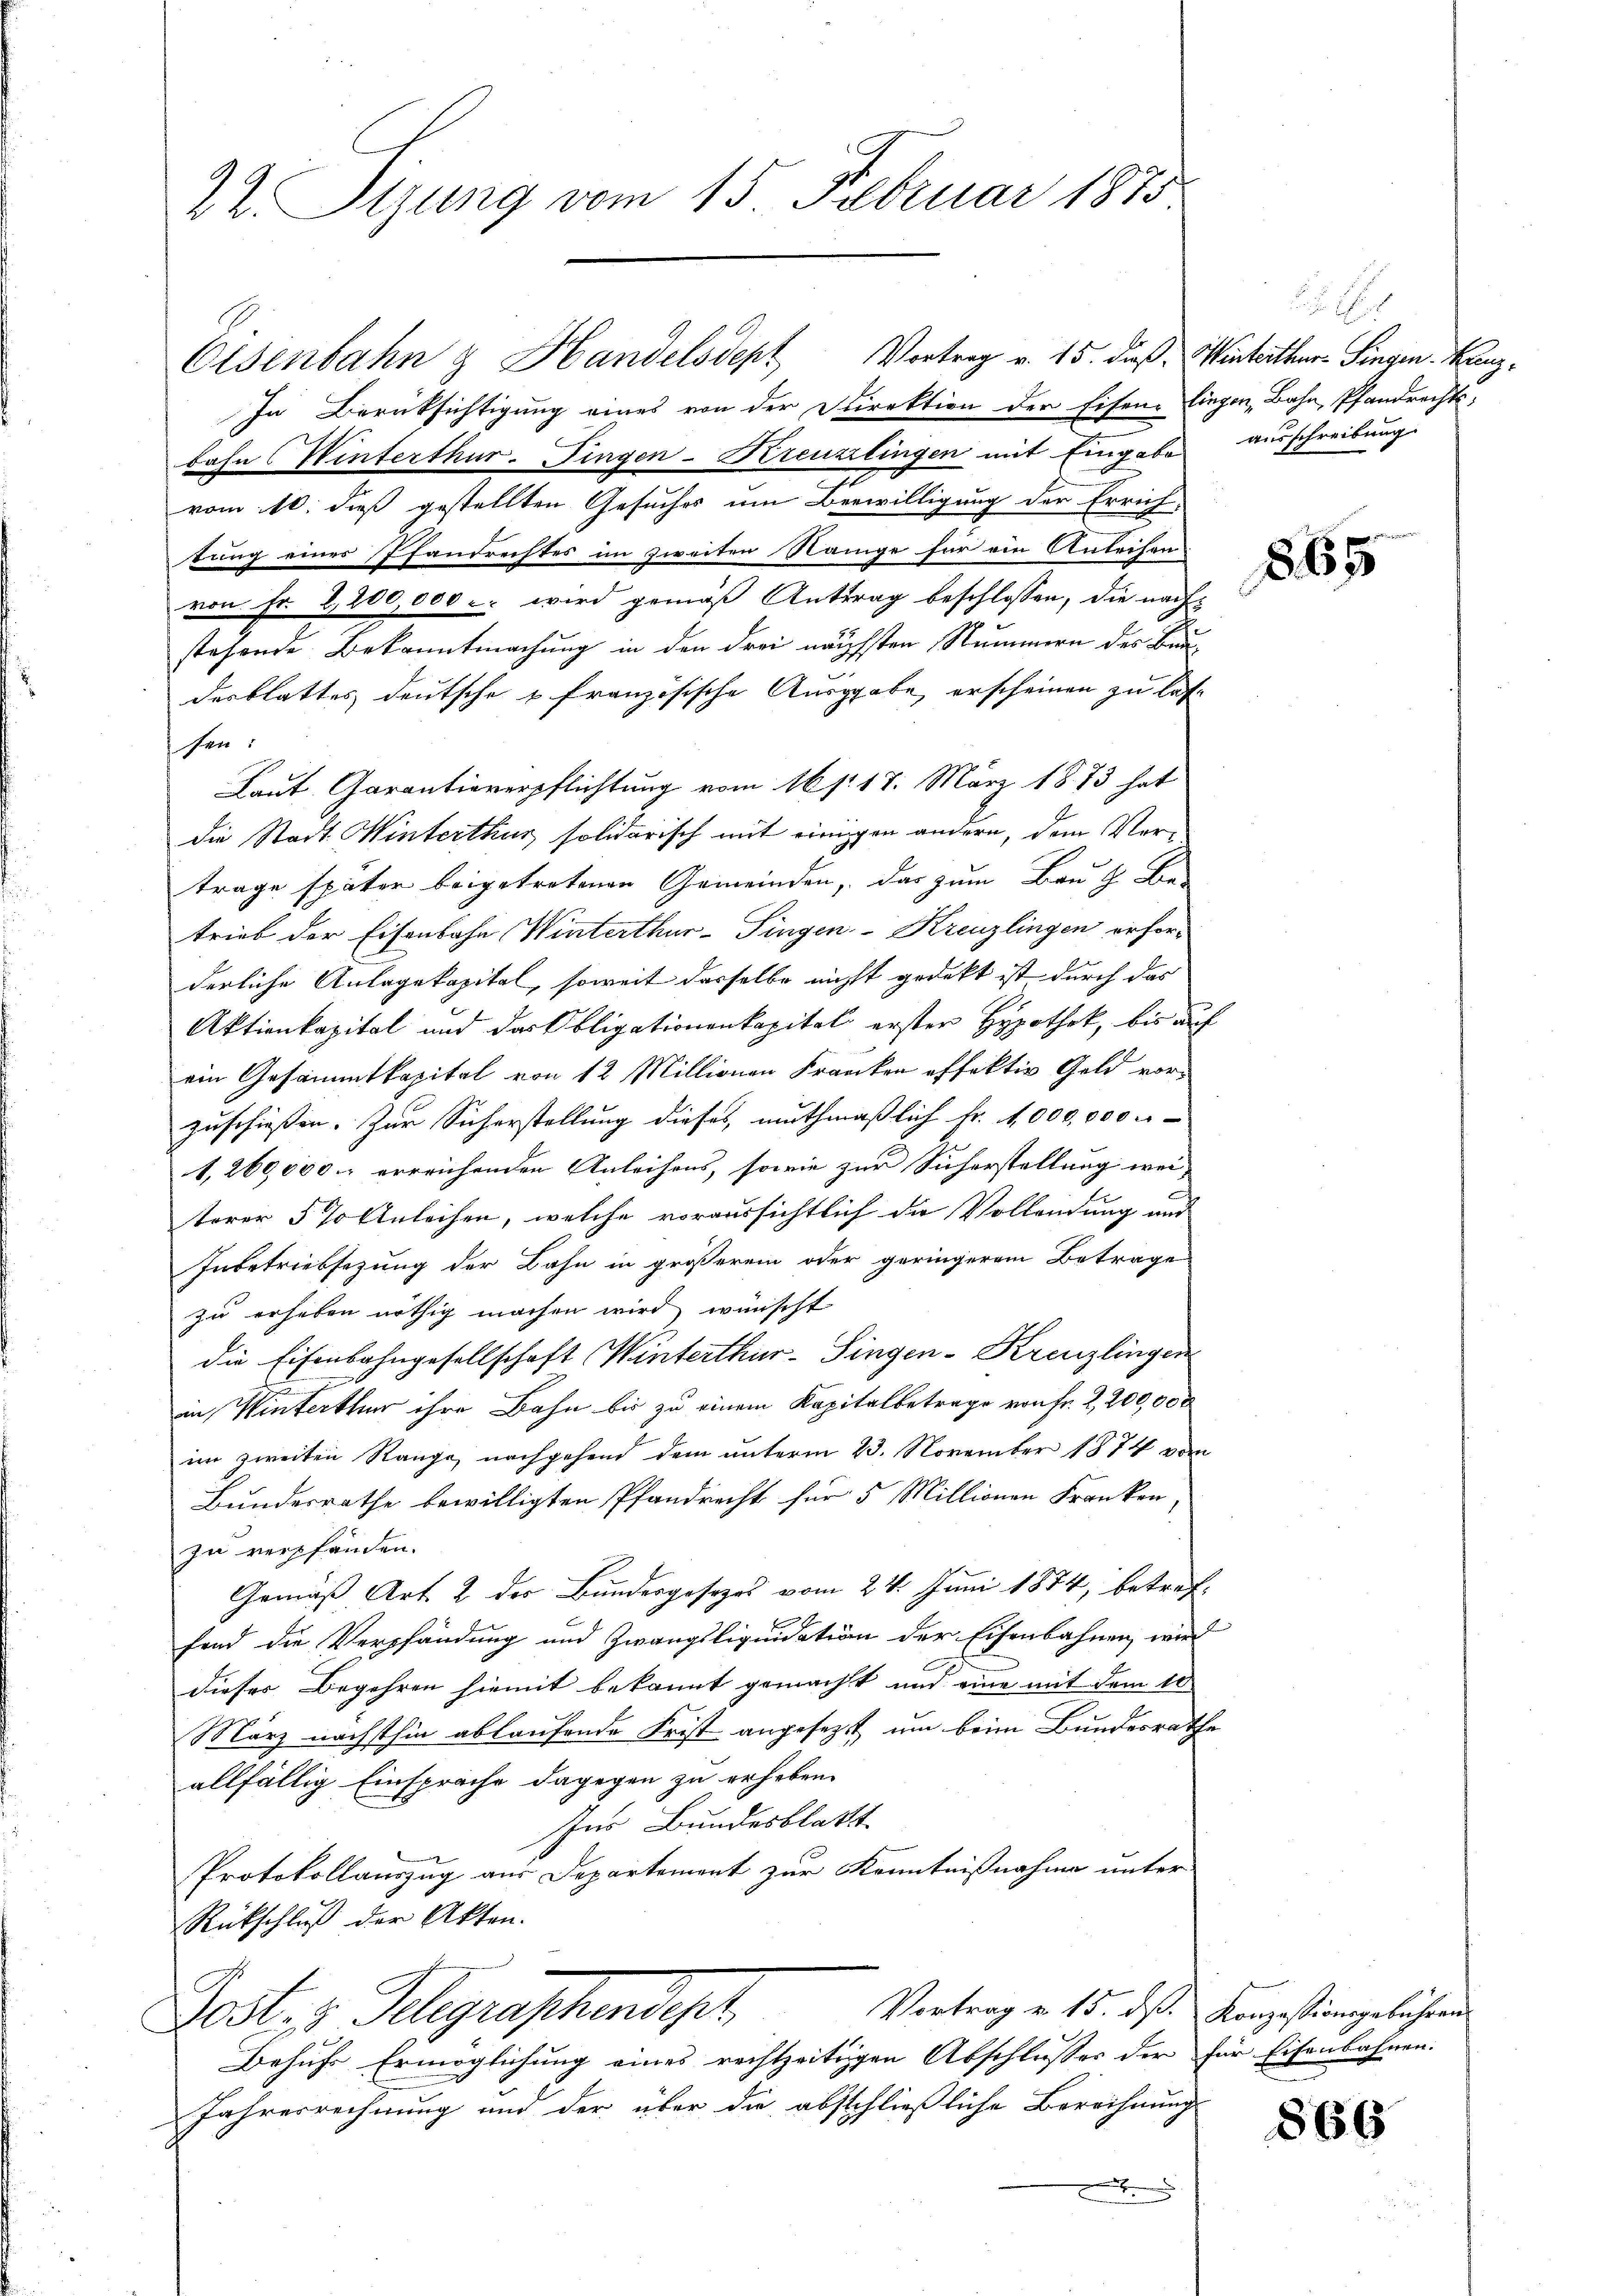
22. Sizung vom 15. Februar 1875

Olsenbahn & Handelsdept Vortrag v. 15. dieß. Winterthur Singen Kanz¬
In Berüksichtigung eines von der Direktion der Eisene Eingen, Bahn, Pfandrechtsbahn Winterthur. Fingen-Kreuzlingen mit Eingabe ausschreibung
vom 10. dieß gestellten Gesuches um Bewilligung der Errich-
tung einer Pfandrechtes im zweiten Nanige für ein Anleihen
von Fr. 2,200,000 c. wird gemäß Antrag beschlossen, die nachstehende Bekanntmachung in den drei nächsten Nummern des Bundesblattes deutsche u französische Ausgabe, erscheinen zu laße
sen:
Laut Garantieverpflichtung vom 16 f. 17. März 1873 hat
die Stadt Winterthur solidarisch mit einigen andern, dem Vertrage später beigetretenen Gemeinden, das zum Bau & Be-
trieb der Eisenbahn Winterthur–Singen-Kreuzlingen erfor-
derliche Anlagekapital, soweit dasselbe nicht gedekt ist durch das
Aktienkapital und das Obligationenkapital erster Hypothek, bis auf
ein Gesammtkapital von 12 Millionen Franken offektiv Geld vorzuschießen. Zur Sicherstellung dieses muthmaßlich Fr. 1,000,000 r
1,260,000.- erreichenden Anleihens, sowie zur Sicherstellung weiterer 5 % Anleihen, welche voraussichtlich die Vollendung aus
Inbetriebsezung der Bahn in größerem oder geringerem Betrage
zu erhaben nöthig machen wird, wünscht
die Eisenbahngesellschaft Winterthur–Singen-Kreuzlingen
in Winterthur ihre Bahn bis zu einem Kapitalbetrage von Fr. 2,200,000
im zweiten Range, nachgehend dem unterm 23. November 1874 vom
Bundesrathe bewilligten Pfandrecht für 5 Millionen Franken,
zu verpfänden.
Gemäß Art. 2 des Bundesgesezes vom 24. Juni 1874, betreffend die Verpfändung und Zwangsliquidation der Eisenbahnen wir
dieses Begehren hiemit bekannt gemacht und eine mit dem 10
März nächsthin ablaufende Frist angesezt, um beim Bundesrathe
allfällig Einsprache dagegen zu erheben.
Ins Bundesblatt
Protokollauszug aus Departement zur Kenntnißnahme unter
Rückschluß der Akten.
Vortrag v. 15. ds. Konzessionsgebühren
Post. v. Belegraphendept,
Behufs Ermöglichung eines rechtzeitigen Abschlusses der für Eisenbahnen.
Jahresrechnung und der über die abschließliche Berechnung
x

865

866